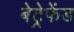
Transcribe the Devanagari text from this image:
बेट्रेफेंड